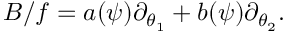
B / f = a ( \psi ) \partial _ { \theta _ { 1 } } + b ( \psi ) \partial _ { \theta _ { 2 } } .